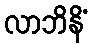
လာဘိနိံ